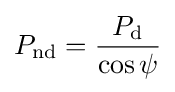
P_{\rm {nd}}={\frac {P_{\rm {d}}}{\cos \psi }}